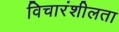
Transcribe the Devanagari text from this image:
विचारंशीलता